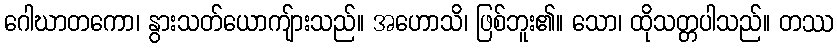
ဂေါဃာတကော၊ နွားသတ်ယောကျ်ားသည်။ အဟောသိ၊ ဖြစ်ဘူး၏။ သော၊ ထိုသတ္တပါသည်။ တဿ